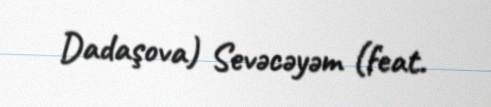
Dadaşova) Sevəcəyəm (feat.